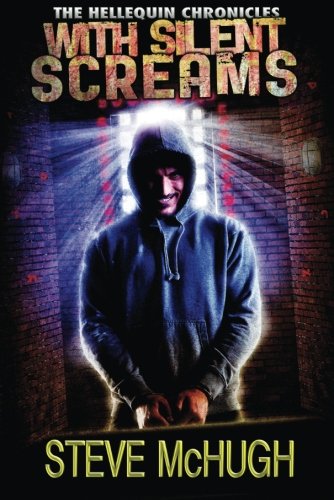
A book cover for With Silent Screams (The Hellequin Chronicles); Steve McHugh; Science Fiction & Fantasy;